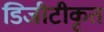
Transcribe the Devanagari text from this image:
डिजीटीकृत